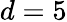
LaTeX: d=5